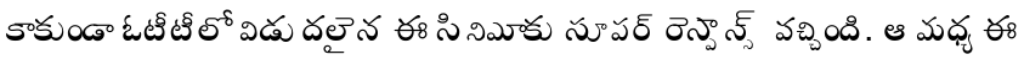
కాకుండా ఓటీటీలో విడుదలైన ఈ సినిమాకు సూపర్ రెస్పాన్స్ వచ్చింది. ఆ మధ్య ఈ